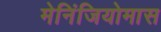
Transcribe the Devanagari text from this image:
मेनिंजियोमास